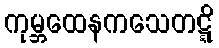
ကုမ္ဘထေနကသေတဋ္ဋိ